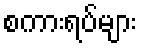
စကားရပ်များ